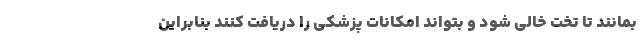
بمانند تا تخت خالی شود و بتواند امکانات پزشکی را دریافت کنند بنابراین